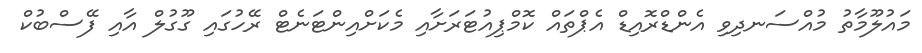
މައުލޫމާތު މުއްސަނދިވި އެންޑްރޮއިޑް އެޕްތައް ކޮމްޕިއުޓަރަށާއި މެކަށްއިންޓަނެޓް ރޭހުގައި ގޫގުލް އާއި ފޭސްބުކް